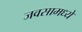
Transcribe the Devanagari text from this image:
जवसामध्ये